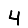
Digit: 4